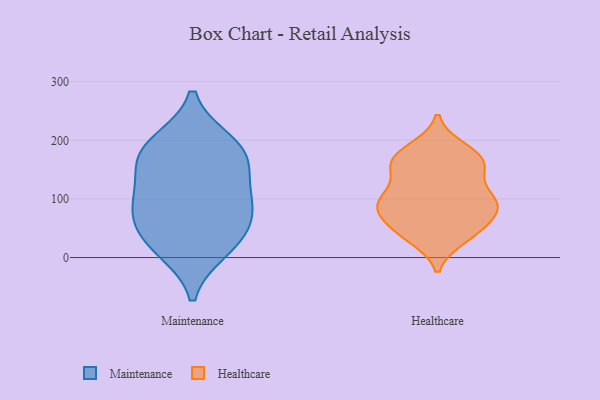
{"axis": {"x": "Temperature (°C)", "y": "Value"}, "legend": ["Healthcare", "Maintenance"], "data": [{"x": "", "y": 15, "type": "Maintenance"}, {"x": "", "y": 93, "type": "Maintenance"}, {"x": "", "y": 195, "type": "Maintenance"}, {"x": "", "y": 29, "type": "Maintenance"}, {"x": "", "y": 164, "type": "Maintenance"}, {"x": "", "y": 46, "type": "Maintenance"}, {"x": "", "y": 94, "type": "Maintenance"}, {"x": "", "y": 186, "type": "Maintenance"}, {"x": "", "y": 93, "type": "Maintenance"}, {"x": "", "y": 162, "type": "Maintenance"}, {"x": "", "y": 91, "type": "Healthcare"}, {"x": "", "y": 152, "type": "Healthcare"}, {"x": "", "y": 170, "type": "Healthcare"}, {"x": "", "y": 185, "type": "Healthcare"}, {"x": "", "y": 102, "type": "Healthcare"}, {"x": "", "y": 100, "type": "Healthcare"}, {"x": "", "y": 44, "type": "Healthcare"}, {"x": "", "y": 98, "type": "Healthcare"}, {"x": "", "y": 153, "type": "Healthcare"}, {"x": "", "y": 75, "type": "Healthcare"}, {"x": "", "y": 100, "type": "Healthcare"}, {"x": "", "y": 42, "type": "Healthcare"}, {"x": "", "y": 47, "type": "Healthcare"}, {"x": "", "y": 152, "type": "Healthcare"}, {"x": "", "y": 87, "type": "Healthcare"}, {"x": "", "y": 177, "type": "Healthcare"}, {"x": "", "y": 34, "type": "Healthcare"}, {"x": "", "y": 76, "type": "Healthcare"}, {"x": "", "y": 164, "type": "Healthcare"}]}